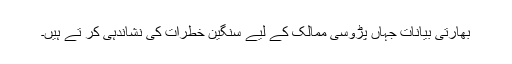
بھارتی بیانات جہاں پڑوسی ممالک کے لیے سنگین خطرات کی نشاندہی کر تے ہیں۔